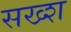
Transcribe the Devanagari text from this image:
सख्श